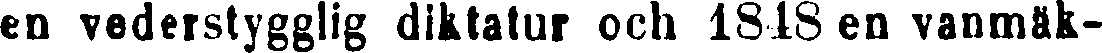
en vederstygglig diktatur och 1848 en vanmäk-